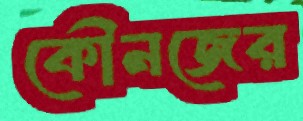
কৌনজের